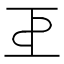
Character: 𢀓